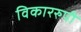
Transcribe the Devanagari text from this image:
विकाररुपी